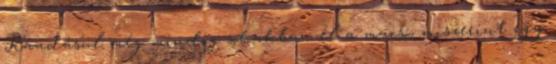
Ráadásul még mindig sokakban él a macsó, miszerint egy